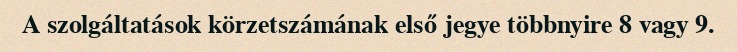
A szolgáltatások körzetszámának első jegye többnyire 8 vagy 9.